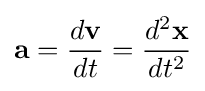
\mathbf {a} ={\frac {d\mathbf {v} }{dt}}={\frac {d^{2}\mathbf {x} }{dt^{2}}}